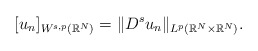
\begin{align*}[u_n]_{W^{s,p}(\mathbb{R}^N)}=\|D^s u_n\|_{L^p(\mathbb{R}^N\times\mathbb{R}^N)}.\end{align*}